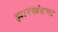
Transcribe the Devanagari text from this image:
झारखंडचा